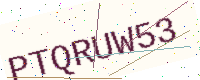
Text: PTQRUW53